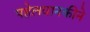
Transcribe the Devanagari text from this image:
पहेलवानकीने